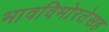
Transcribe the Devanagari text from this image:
भावविभोरतेसह